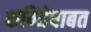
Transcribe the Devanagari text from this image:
कवितेबाबत